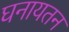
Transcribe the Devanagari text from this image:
घनायतन